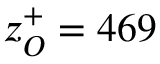
z _ { O } ^ { + } = 4 6 9